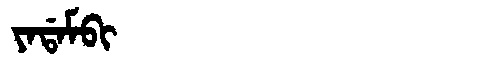
Manchu: ᠶᠠᡩᠠᠮᠪᡳ
Romanization: YADAMBI